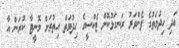
އަދި ހިދުމަތުގެ ފެންވަރު ރަނގަޅުކޮށް ޓެކްސީގެ ހިދުމަތް އިތުރަށް މޮނީޓާ ކުރަން އާ